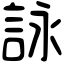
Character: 詠